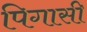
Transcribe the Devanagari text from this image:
पिगासी